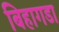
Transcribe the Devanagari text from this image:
बिहागडा